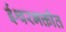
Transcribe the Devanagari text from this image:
ईश्वरभक्तीत